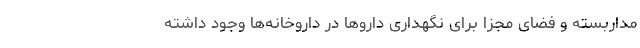
مداربسته و فضای مجزا برای نگهداری دارو‌ها در داروخانه‌ها وجود داشته